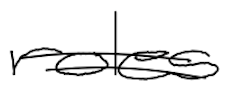
Text: roles
Cross-out: double-line
Writing tool: digital_black